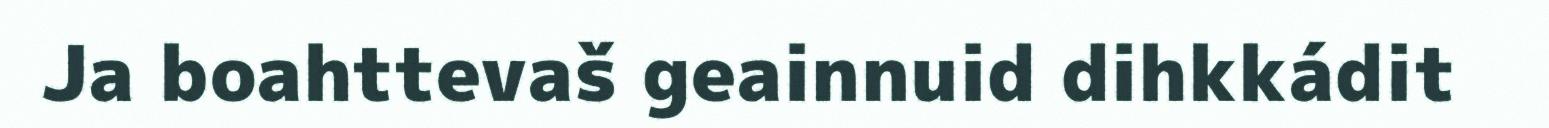
Ja boahttevaš geainnuid dihkkádit